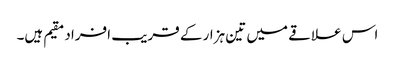
اس علاقے میں تین ہزار کے قریب افراد مقیم ہیں۔